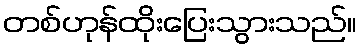
တစ်ဟုန်ထိုးပြေးသွားသည်။